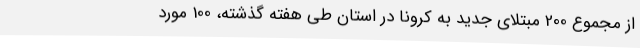
از مجموع 200 مبتلای جدید به کرونا در استان طی هفته گذشته، 100 مورد